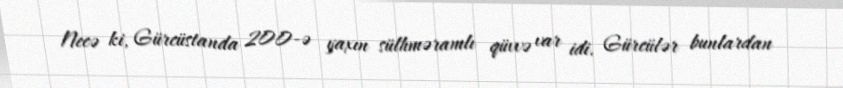
Necə ki, Gürcüstanda 200-ə yaxın sülhməramlı qüvvə var idi. Gürcülər bunlardan